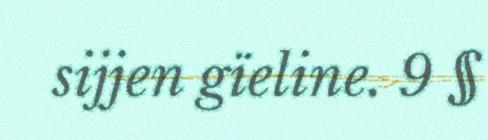
sijjen gïeline. 9 §